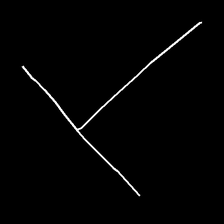
Glyph: column